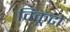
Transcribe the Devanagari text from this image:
विकूटों